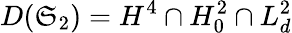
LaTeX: D(\mathfrak{S}_{2})=H^{4}\cap H_{0}^{2}\cap L_{d}^{2}